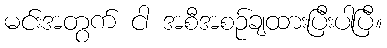
မင်းအတွက် ငါ အစီအစဉ်ချထားပြီးပါပြီ။